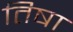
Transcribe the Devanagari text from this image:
तिषा